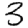
Digit: 3